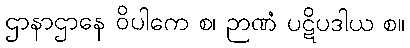
ဌာနာဌာနေ ဝိပါကေ စ၊ ဉာဏံ ပဋိပဒါယ စ။